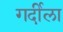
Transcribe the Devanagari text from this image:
गर्दीला